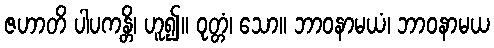
ဇဟာတိ ပါပကန္တိ၊ ဟူ၍။ ဝုတ္တံ၊ သော။ ဘာဝနာမယံ၊ ဘာဝနာမယ